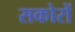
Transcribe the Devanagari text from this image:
सकोरों